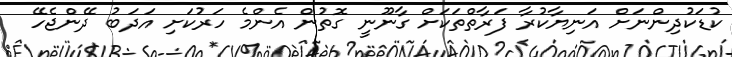
ކުޑަކުދިންނަށް އަނިޔާކުރާ ފަރާތްތަކަށް ގާނޫނީ ގޮތުން އެންމެ ހަރުކަށި އަދަބު ދޭންޖެހޭ